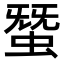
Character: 𧌩